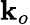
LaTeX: \mathbf{k}_{o}